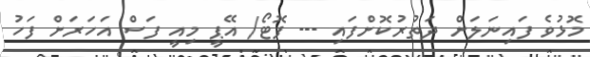
މޮޅުވެ ފައިނަލަށް ދަތުރުކޮށްފައި --- ފޮޓޯ/ އޭޕީ މިއީ ފަސް އަހަރަށް ފަހު